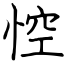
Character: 悾